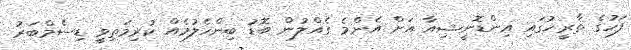
ފަހުގެ ތާރީޚުގައި އިންޑޮނީޝިއާ އަށް އެންމެ ގެއްލުން ބޮޑު ބިންހެލުމެއް ކުރިމަތިވީ ޑިސެމްބަރު